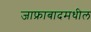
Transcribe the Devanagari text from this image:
जाफ्राबादमधील